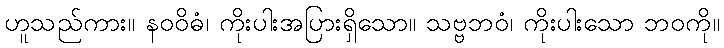
ဟူသည်ကား။ နဝဝိဓံ၊ ကိုးပါးအပြားရှိသော။ သဗ္ဗဘဝံ၊ ကိုးပါးသော ဘဝကို။